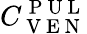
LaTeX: C_{\mathrm{~V~E~N~}}^{\mathrm{~P~U~L~}}